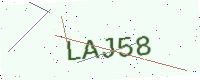
Text: LAJ58